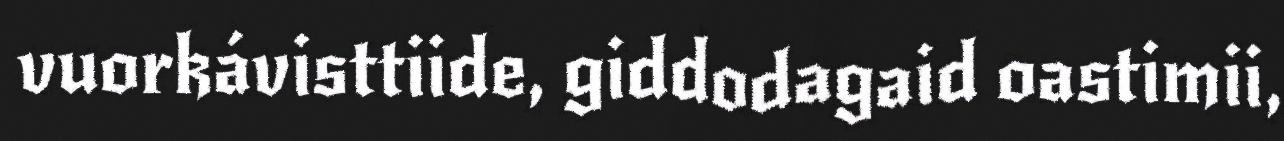
vuorkávisttiide, giddodagaid oastimii,